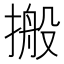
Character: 搬